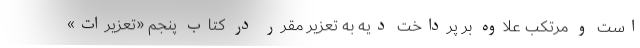
است و مرتکب علاوه بر پرداخت دیه به تعزیر مقرر در کتاب پنجم «تعزیرات»